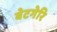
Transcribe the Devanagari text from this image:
बेटगेरि